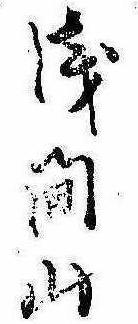
浅間山